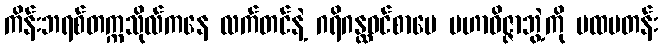
ကိန်းဘရစ်တက္ကသိုလ်ကနေ လက်တင်နဲ့ ဂရိဂန္ထဝင်စာပေ မဟာဝိဇ္ဇာဘွဲ့ကို ပထမတန်း